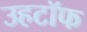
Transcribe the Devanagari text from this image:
उहटॉफ